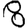
Digit: 8